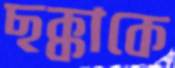
ছক্কাকে